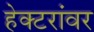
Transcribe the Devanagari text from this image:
हेक्टरांवर